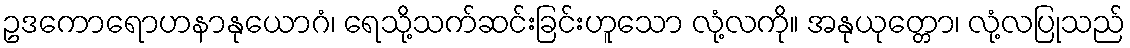
ဥဒကောရောဟနာနုယောဂံ၊ ရေသို့သက်ဆင်းခြင်းဟူသော လုံ့လကို။ အနုယုတ္တော၊ လုံ့လပြုသည်